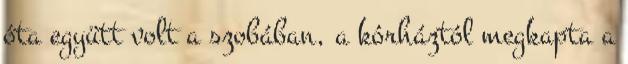
óta együtt volt a szobában, a kórháztól megkapta a